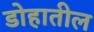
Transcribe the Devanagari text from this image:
डोहातील